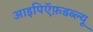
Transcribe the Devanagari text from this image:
आइपिऍफ़डब्ल्यू